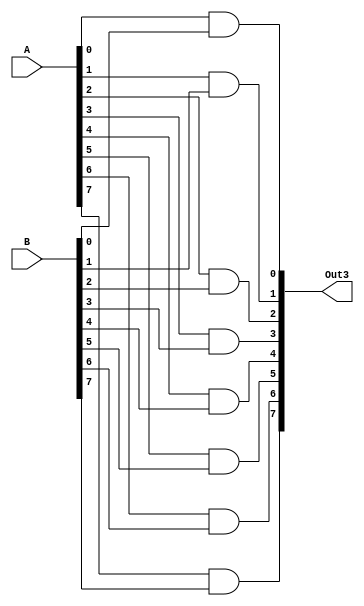
`timescale 1ns / 1ps

/*------------------------------------------------
 * Module:    Bitwise AND (8-bit)
 -----------------------------------------------*/
 
 /************************************************ 
 // [INPUTS]
 // Operands:  A, B (8-bit) 
 
 // [OUTPUTS]
 // Output:	   Out3 (8-bit)
 ************************************************/ 
 
module BitwiseAND(
	input [7:0] A, B,
	output reg [7:0] Out3
);
	
	/*
	assign Out3[0] = A[0] & B[0];
	assign Out3[1] = A[1] & B[1];
	assign Out3[2] = A[2] & B[2];
	assign Out3[3] = A[3] & B[3];
	assign Out3[4] = A[4] & B[4];
	assign Out3[5] = A[5] & B[5];
	assign Out3[6] = A[6] & B[6];
	assign Out3[7] = A[7] & B[7];
	*/
	
	always@(A or B)
	begin
		Out3[0] <= A[0] & B[0];
		Out3[1] <= A[1] & B[1];
		Out3[2] <= A[2] & B[2];
		Out3[3] <= A[3] & B[3];
		Out3[4] <= A[4] & B[4];
		Out3[5] <= A[5] & B[5];
		Out3[6] <= A[6] & B[6];
		Out3[7] <= A[7] & B[7];
	end
	
endmodule